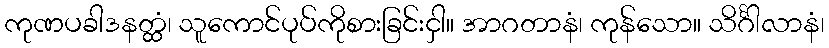
ကုဏပခါဒနတ္ထံ၊ သူကောင်ပုပ်ကိုစားခြင်းငှါ။ အာဂတာနံ၊ ကုန်သော။ သိင်္ဂါလာနံ၊